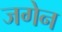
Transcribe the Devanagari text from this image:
जगेन